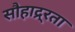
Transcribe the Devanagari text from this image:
सौहाद्र्रता